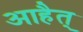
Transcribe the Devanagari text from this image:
आहैत्